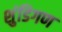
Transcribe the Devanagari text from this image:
शुंडिगण